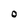
Character: O